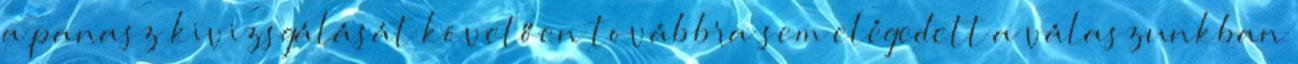
a panasz kivizsgálását követően továbbra sem elégedett a válaszunkban